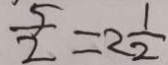
\frac { 5 } { 2 } = 2 \frac { 1 } { 2 }